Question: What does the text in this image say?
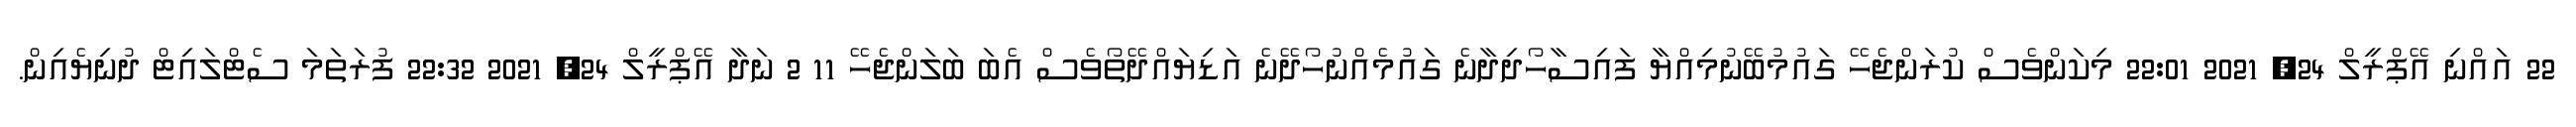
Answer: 22 އައްނި އޭޕްރީލް 24, 2021 22:01 މިކަންވެސް ކުރަންޖެހޭ ގައުމުބޭނުމިއްޔާ ފައިސާހޯދިދާނެ ގައުމެއްނުހޯދޭނެ އަޑިޔައްދޭތޯވެސް އެބަ ބަލަންޖެހޭ 11 2 ނަދާ އޭޕްރީލް 24, 2021 22:32 ފުރަތަމަ ސެޓްލައިޓް ދުނިޔެއިން.